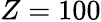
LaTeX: Z=100